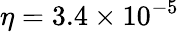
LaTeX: \eta=3.4\times 10^{-5}